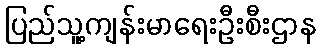
ပြည်သူ့ကျန်းမာရေးဦးစီးဌာန